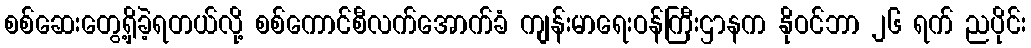
စစ်ဆေးတွေ့ရှိခဲ့ရတယ်လို့ စစ်ကောင်စီလက်အောက်ခံ ကျန်းမာရေးဝန်ကြီးဌာနက နိုဝင်ဘာ ၂၆ ရက် ညပိုင်း